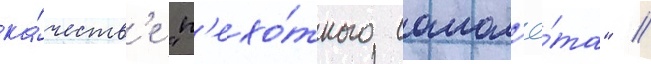
ка́честв'е "п'ехо́тного самол'ё́та" //